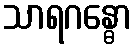
သာရဂန္ဓော